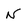
Character: N